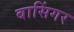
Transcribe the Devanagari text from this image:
बासिंगर